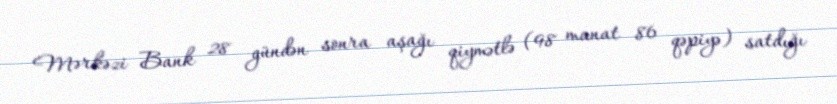
Mərkəzi Bank 28 gündən sonra aşağı qiymətlə (98 manat 86 qəpiyə) satdığı